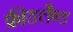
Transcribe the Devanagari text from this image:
फ्रीडलैण्ड